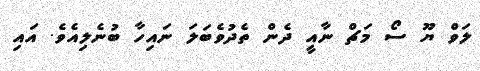
ލަވް ޔޫ ސޯ މަޗް ނާއީ ދެން ތެދުވެބަލަ ނައިހާ ބުނެލިއެވެ. އައި